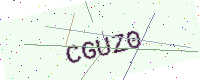
Text: CGUZ0